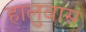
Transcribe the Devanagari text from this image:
हालुवास